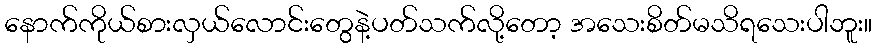
နောက်ကိုယ်စားလှယ်လောင်းတွေနဲ့ပတ်သက်လို့တော့ အသေးစိတ်မသိရသေးပါဘူး။